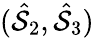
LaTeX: (\hat{\cal S}_{2},\hat{\cal S}_{3})